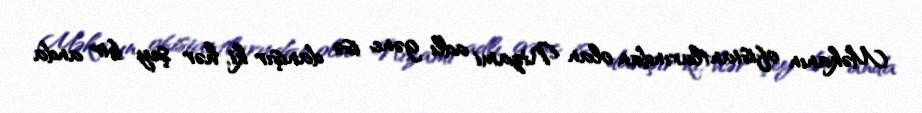
Məkanın ofisiantlarından olan Nizami adlı gənc isə danışır ki, hər şey bir anda